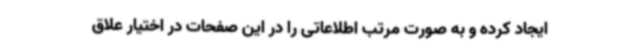
ایجاد کرده و به صورت مرتب اطلاعاتی را در این صفحات در اختیار علاق